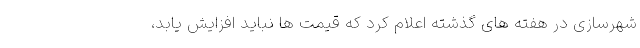
شهرسازی در هفته های گذشته اعلام کرد که قیمت ها نباید افزایش یابد،